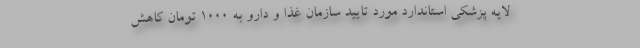
لایه پزشکی استاندارد مورد تایید سازمان غذا و دارو به 1000 تومان کاهش